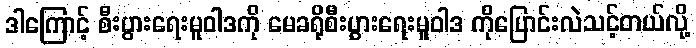
ဒါကြောင့် စီးပွားရေးမူဝါဒကို မေခရိုစီးပွားရေးမူဝါဒ ကိုပြောင်းလဲသင့်တယ်လို့